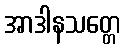
အာဒါနသတ္တေ